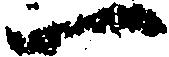
一